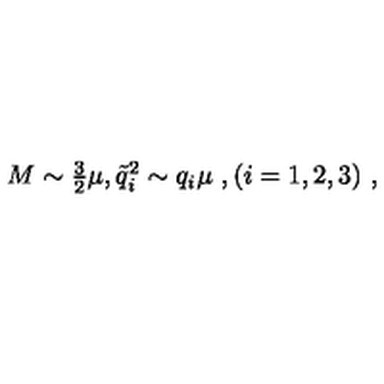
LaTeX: M \sim \textstyle { \frac { 3 } { 2 } } \mu , { \tilde { q } } _ { i } ^ { 2 } \sim q _ { i } \mu \ , ( i = 1 , 2 , 3 ) \ ,